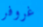
غروفر